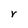
Character: r